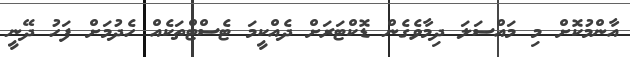
އާންމުކޮށް މި މައްސަލަ ދިމާވެގެން ޑޮކްޓަރަށް ދެއްކީމަ ޓެސްޓްތަކެއް ހެދުމަށް ފަހު ދޭނީ